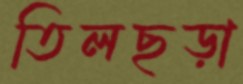
তিলছড়া